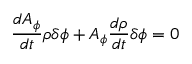
\frac { d A _ { \phi } } { d t } \rho \delta \phi + A _ { \phi } \frac { d \rho } { d t } \delta \phi = 0